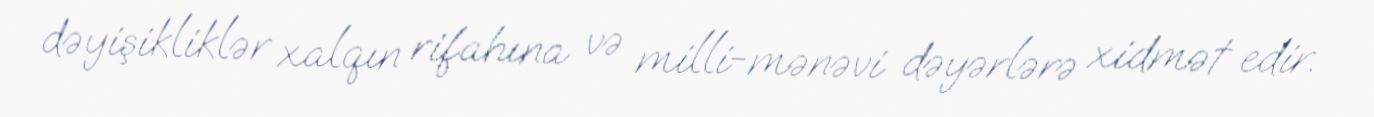
dəyişikliklər xalqın rifahına və milli-mənəvi dəyərlərə xidmət edir.